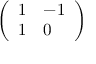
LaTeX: \left( \begin{array} { l l } { 1 } & { - 1 } \\ { 1 } & { 0 } \end{array} \right)